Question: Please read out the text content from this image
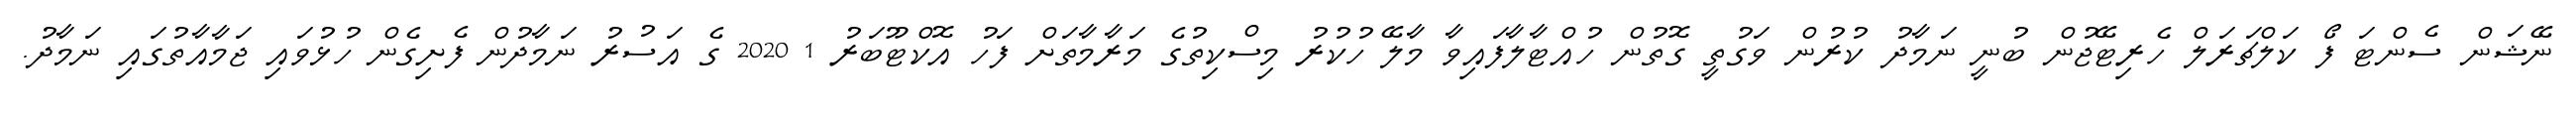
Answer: ނޭޝަން ސެންޓަ ފޯ ކަލްޗަރަލް ހެރިޓޭޖުން ބުނީ ނަމާދު ކުރުން ވަގުތީ ގޮތުން ހުއްޓާލާފައިވާ މާލޭ ހުކުރު މިސްކިތުގެ މަރާމާތަށް ފަހު އޮކްޓޫބަރު 1 2020 ގެ އަސުރު ނަމާދުން ފެށިގެން ހުޅުވައި ޖަމާއާތުގައި ނަމާދު.